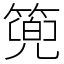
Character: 篼